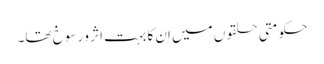
حکومتی حلقوں میں اِن کا بہت اثر و رسوخ تھا۔